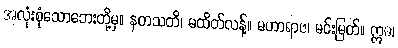
အလုံးစုံသောဘေးတို့မှ။ နတသတိ၊ မထိတ်လန့်။ မဟာရာဇ၊ မင်းမြတ်။ ဣဓ၊